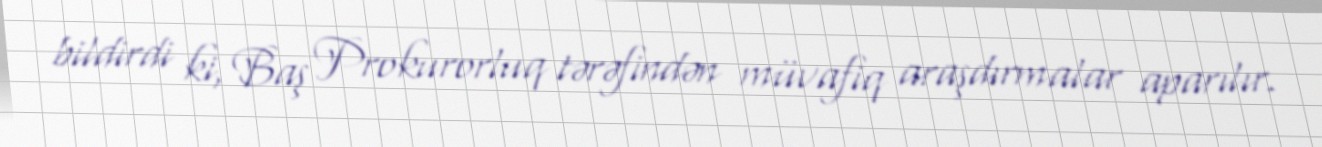
bildirdi ki, Baş Prokurorluq tərəfindən müvafiq araşdırmalar aparılır.